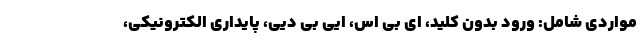
مواردی شامل: ورود بدون کلید، ای بی اس، ایی بی دیی، پایداری الکترونیکی،